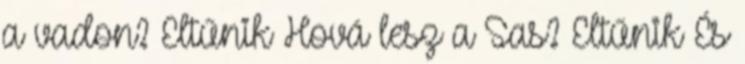
a vadon? Eltűnik Hová lesz a Sas? Eltűnik És